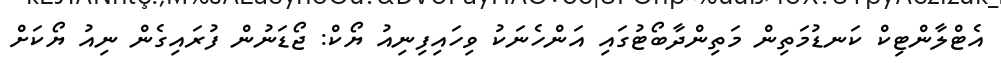
އެޓްލާންޓިކް ކަނޑުމަތިން މަތިންދާބޯޓުގައި އަންހެނަކު ވިހައިފިނިއު ޔޯކް: ޖޯޑަނުން ފުރައިގެން ނިއު ޔޯކަށް